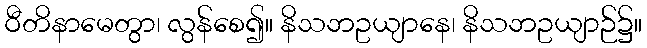
ဝီတိနာမေတွာ၊ လွန်စေ၍။ နိသဘဥယျာနေ၊ နိသဘဥယျာဉ်၌။